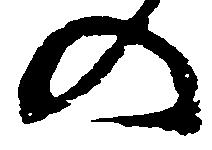
の